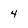
Character: 4